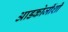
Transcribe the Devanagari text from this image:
आडकोजींशी